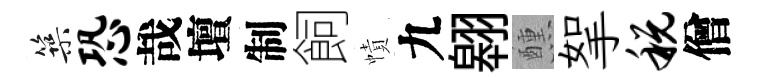
築恐哉壇制飼幘九翱醺挐税僧